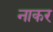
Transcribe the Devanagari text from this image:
नाकर